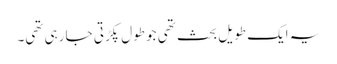
یہ ایک طویل بحث تھی جو طول پکڑتی جا رہی تھی۔